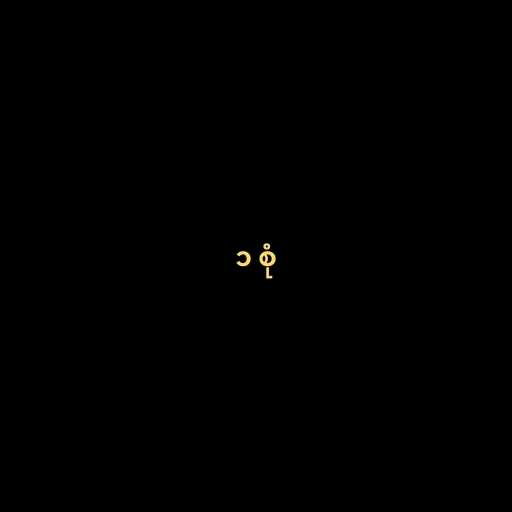
၁ စုံ